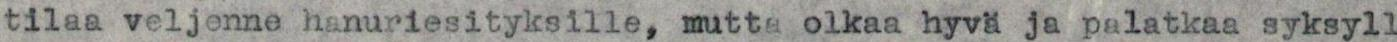
tilaa veljenne hanuriesityksille, mutta olkaa hyvä ja palatkaa syksyll